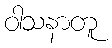
ဝါသနာတူ